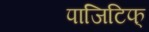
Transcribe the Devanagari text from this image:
पाजिटिफ्